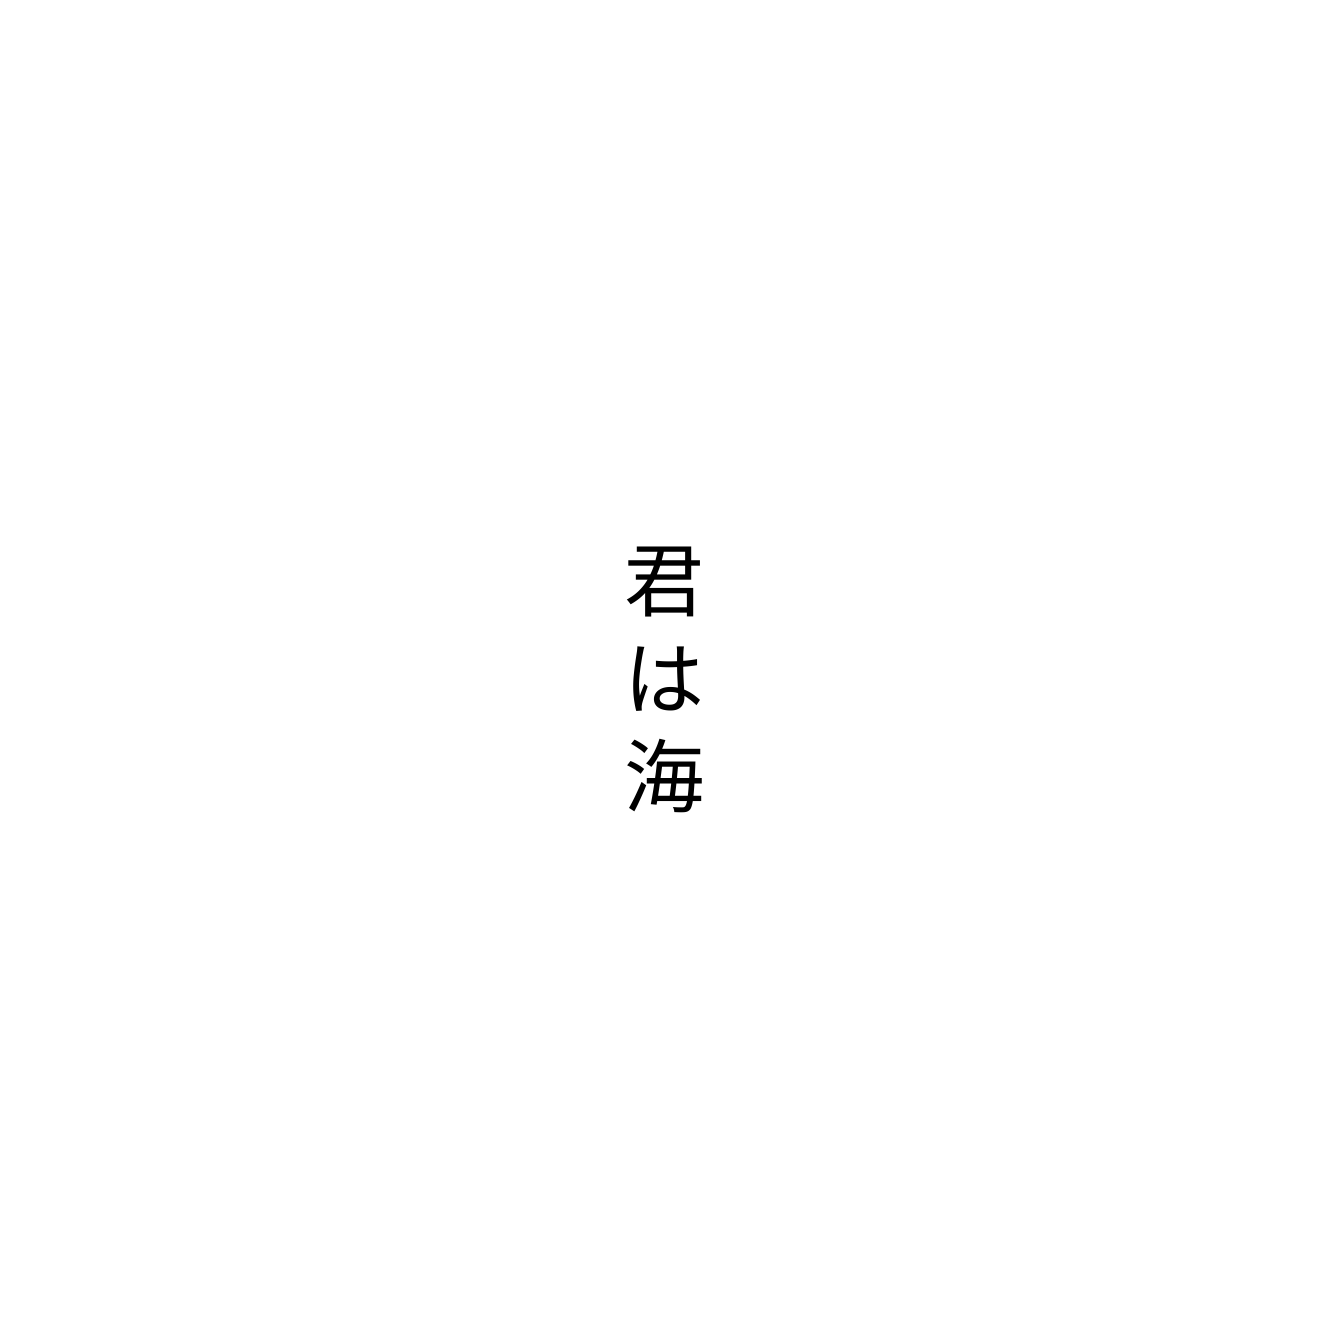
君は海